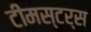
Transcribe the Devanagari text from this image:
टीमस्टर्स